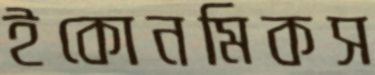
ইকোনমিকস